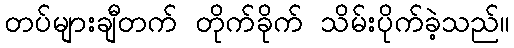
တပ်များချီတက် တိုက်ခိုက် သိမ်းပိုက်ခဲ့သည်။